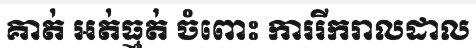
គាត់ អត់ធ្មត់ ចំពោះ ការរីករាលដាល